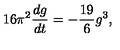
1 6 \pi ^ { 2 } \frac { d g } { d t } = - \frac { 1 9 } { 6 } g ^ { 3 } ,